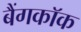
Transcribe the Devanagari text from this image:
बैंगकाॅक